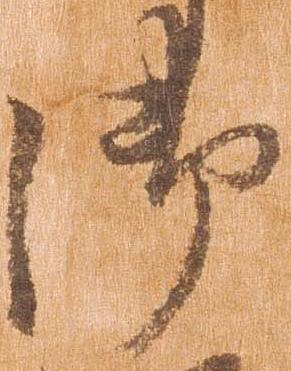
御